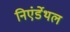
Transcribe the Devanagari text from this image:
निएंर्डेथल